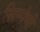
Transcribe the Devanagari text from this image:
सिम्पेथी